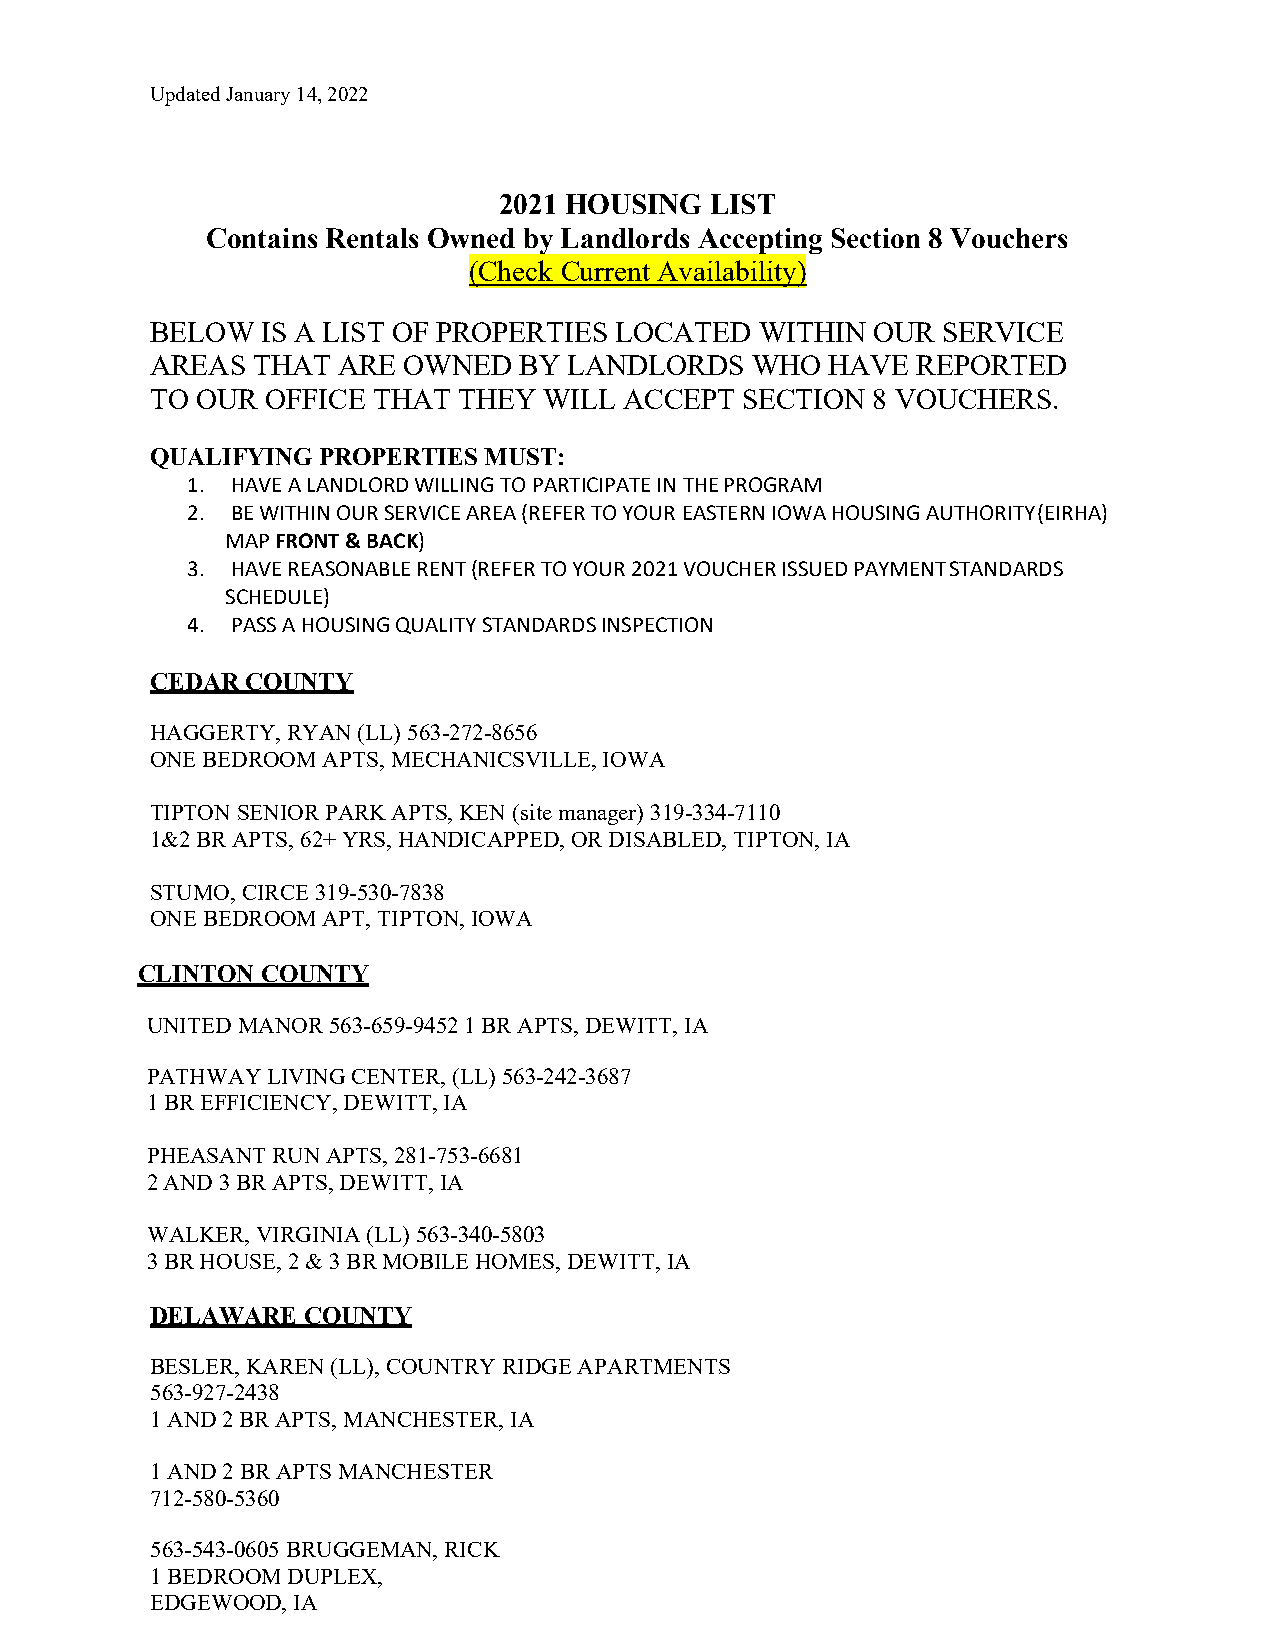
Updated January 14, 2022
 2021 HOUSING  LIST
 Contains Rentals Owned by Landlords Accepting Section 8 Vouchers
 (Check Current Availability)
 BELOW  IS A LIST OF PROPERTIES LOCATED  WITHIN  OUR SERVICE
 AREAS  THAT ARE  OWNED  BY  LANDLORDS   WHO  HAVE  REPORTED
 TO OUR  OFFICE THAT THEY  WILL ACCEPT  SECTION  8 VOUCHERS.
 QUALIFYING PROPERTIES MUST:
 1. HAVE A LANDLORD WILLING TO PARTICIPATE IN THE PROGRAM
 2. BE WITHIN OUR SERVICE AREA (REFER TO YOUR EASTERN IOWA HOUSING AUTHORITY (EIRHA)
 MAP FRONT & BACK)
 3. HAVE REASONABLE RENT (REFER TO YOUR 2021 VOUCHER ISSUED PAYMENT STANDARDS
 SCHEDULE)
 4. PASS A HOUSING QUALITY STANDARDS INSPECTION
 CEDAR COUNTY
 HAGGERTY, RYAN (LL) 563-272-8656
 ONE BEDROOM APTS, MECHANICSVILLE, IOWA
 TIPTON SENIOR PARK APTS, KEN (site manager) 319-334-7110
 1&2 BR APTS, 62+ YRS, HANDICAPPED, OR DISABLED, TIPTON, IA
 STUMO, CIRCE 319-530-7838
 ONE BEDROOM APT, TIPTON, IOWA
 CLINTON COUNTY
 UNITED MANOR 563-659-9452 1 BR APTS, DEWITT, IA
 PATHWAY LIVING CENTER, (LL) 563-242-3687
 1 BR EFFICIENCY, DEWITT, IA
 PHEASANT RUN APTS, 281-753-6681
 2 AND 3 BR APTS, DEWITT, IA
 WALKER, VIRGINIA (LL) 563-340-5803
 3 BR HOUSE, 2 & 3 BR MOBILE HOMES, DEWITT, IA
 DELAWARE  COUNTY
 BESLER, KAREN (LL), COUNTRY RIDGE APARTMENTS
 563-927-2438
 1 AND 2 BR APTS, MANCHESTER, IA
 1 AND 2 BR APTS MANCHESTER
 712-580-5360
 563-543-0605 BRUGGEMAN, RICK
 1 BEDROOM DUPLEX,
 EDGEWOOD, IA